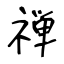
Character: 禅